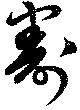
割